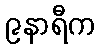
၉နာရီက